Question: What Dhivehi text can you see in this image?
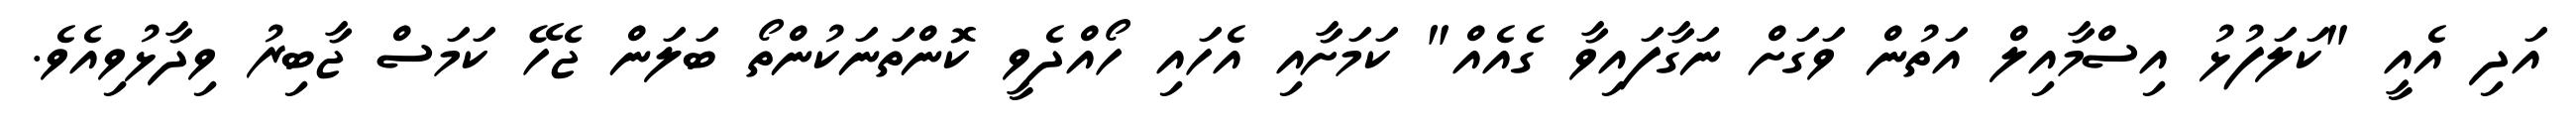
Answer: އަދި އެއީ "ކަލަފުޅު އިސްމާއިލް އަތުން ވަގަށް ނަގާފައިވާ ގެއެއް" ކަމަށާއި އެހައި ހޯއްދެވީ ކޮންތަނަކުންތޯ ބަލަން ޖެހޭ ކަމަސް ޖާބިރު ވިދާޅުވިއެވެ.